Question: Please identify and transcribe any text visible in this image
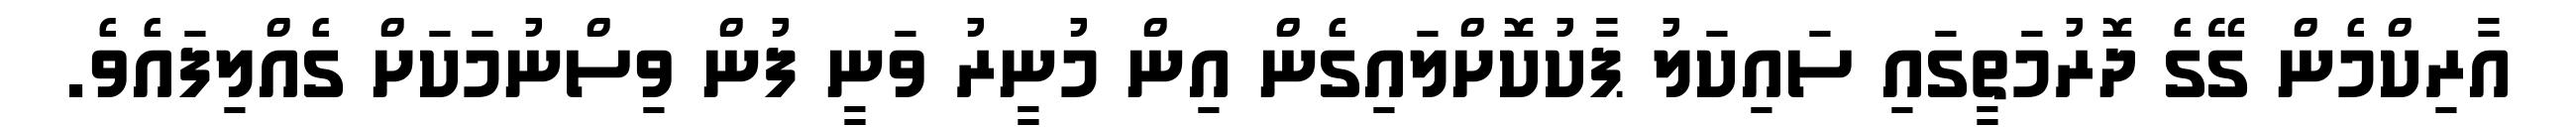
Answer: އާރިކްމެން ގޭގެ ދޮރުމަތީގައި ސައިކަލު ޕާކުކޮށްލައިގެން އިން މުނީރު ވަނީ ފުން ވިސްނުމަކަށް ގެއްލިފައެވެ.